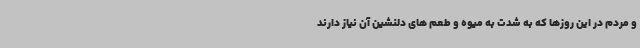
و مردم در این روزها که به شدت به میوه و طعم های دلنشین آن نیاز دارند